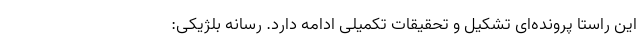
این راستا پرونده‌ای تشکیل و تحقیقات تکمیلی ادامه دارد. رسانه بلژیکی: